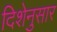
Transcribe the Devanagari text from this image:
दिशेनुसार